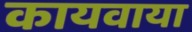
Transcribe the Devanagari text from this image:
कायवाया